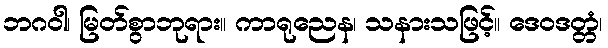
ဘဂဝါ၊ မြတ်စွာဘုရား။ ကာရုညေန၊ သနားသဖြင့်။ ဒေဝဒတ္တံ၊